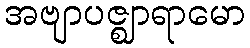
အဗျာပဇ္ဈာရာမော